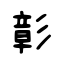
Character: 彰